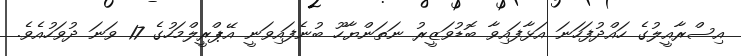
އިސްރާއީލުގެ ހައްދުފަހަނަ އަޅާފައިވާ ބޮޑުވަޒީރު ނަތަންޔާހޫ ބުނެފައިވަނީ އޭޕްރީލްމަހުގެ 17 ވަނަ ދުވަހުއެވެ.